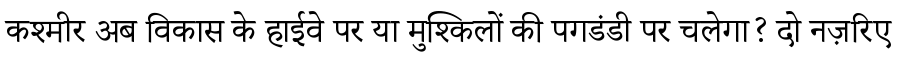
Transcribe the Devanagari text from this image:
कश्मीर अब विकास के हाईवे पर या मुश्किलों की पगडंडी पर चलेगा? दो नज़रिए